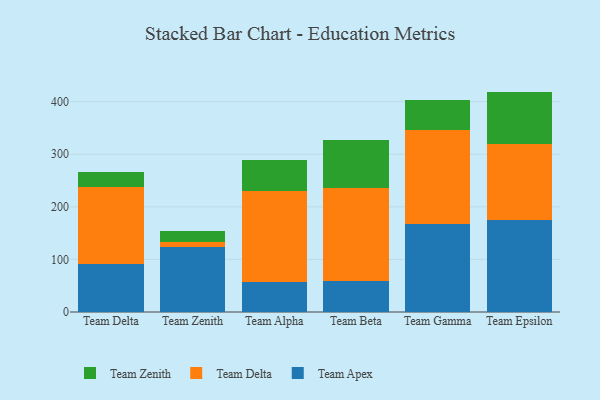
{"axis": {"x": "Team", "y": "Production Output"}, "legend": ["Team Apex", "Team Delta", "Team Zenith"], "data": [{"x": "Team Delta", "y": 90.9, "type": "Team Apex"}, {"x": "Team Delta", "y": 147.2, "type": "Team Delta"}, {"x": "Team Delta", "y": 27.6, "type": "Team Zenith"}, {"x": "Team Zenith", "y": 122.7, "type": "Team Apex"}, {"x": "Team Zenith", "y": 11.3, "type": "Team Delta"}, {"x": "Team Zenith", "y": 20.2, "type": "Team Zenith"}, {"x": "Team Alpha", "y": 56.8, "type": "Team Apex"}, {"x": "Team Alpha", "y": 172.6, "type": "Team Delta"}, {"x": "Team Alpha", "y": 58.9, "type": "Team Zenith"}, {"x": "Team Beta", "y": 59.0, "type": "Team Apex"}, {"x": "Team Beta", "y": 177.0, "type": "Team Delta"}, {"x": "Team Beta", "y": 91.9, "type": "Team Zenith"}, {"x": "Team Gamma", "y": 166.9, "type": "Team Apex"}, {"x": "Team Gamma", "y": 178.7, "type": "Team Delta"}, {"x": "Team Gamma", "y": 57.2, "type": "Team Zenith"}, {"x": "Team Epsilon", "y": 175.7, "type": "Team Apex"}, {"x": "Team Epsilon", "y": 144.3, "type": "Team Delta"}, {"x": "Team Epsilon", "y": 99.1, "type": "Team Zenith"}]}